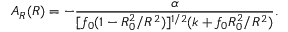
A _ { R } ( R ) = - \frac { \alpha } { [ f _ { 0 } ( 1 - R _ { 0 } ^ { 2 } / R ^ { 2 } ) ] ^ { 1 / 2 } ( k + f _ { 0 } R _ { 0 } ^ { 2 } / R ^ { 2 } ) } .